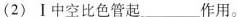
(2)Ⅰ中空比色管起___作用。